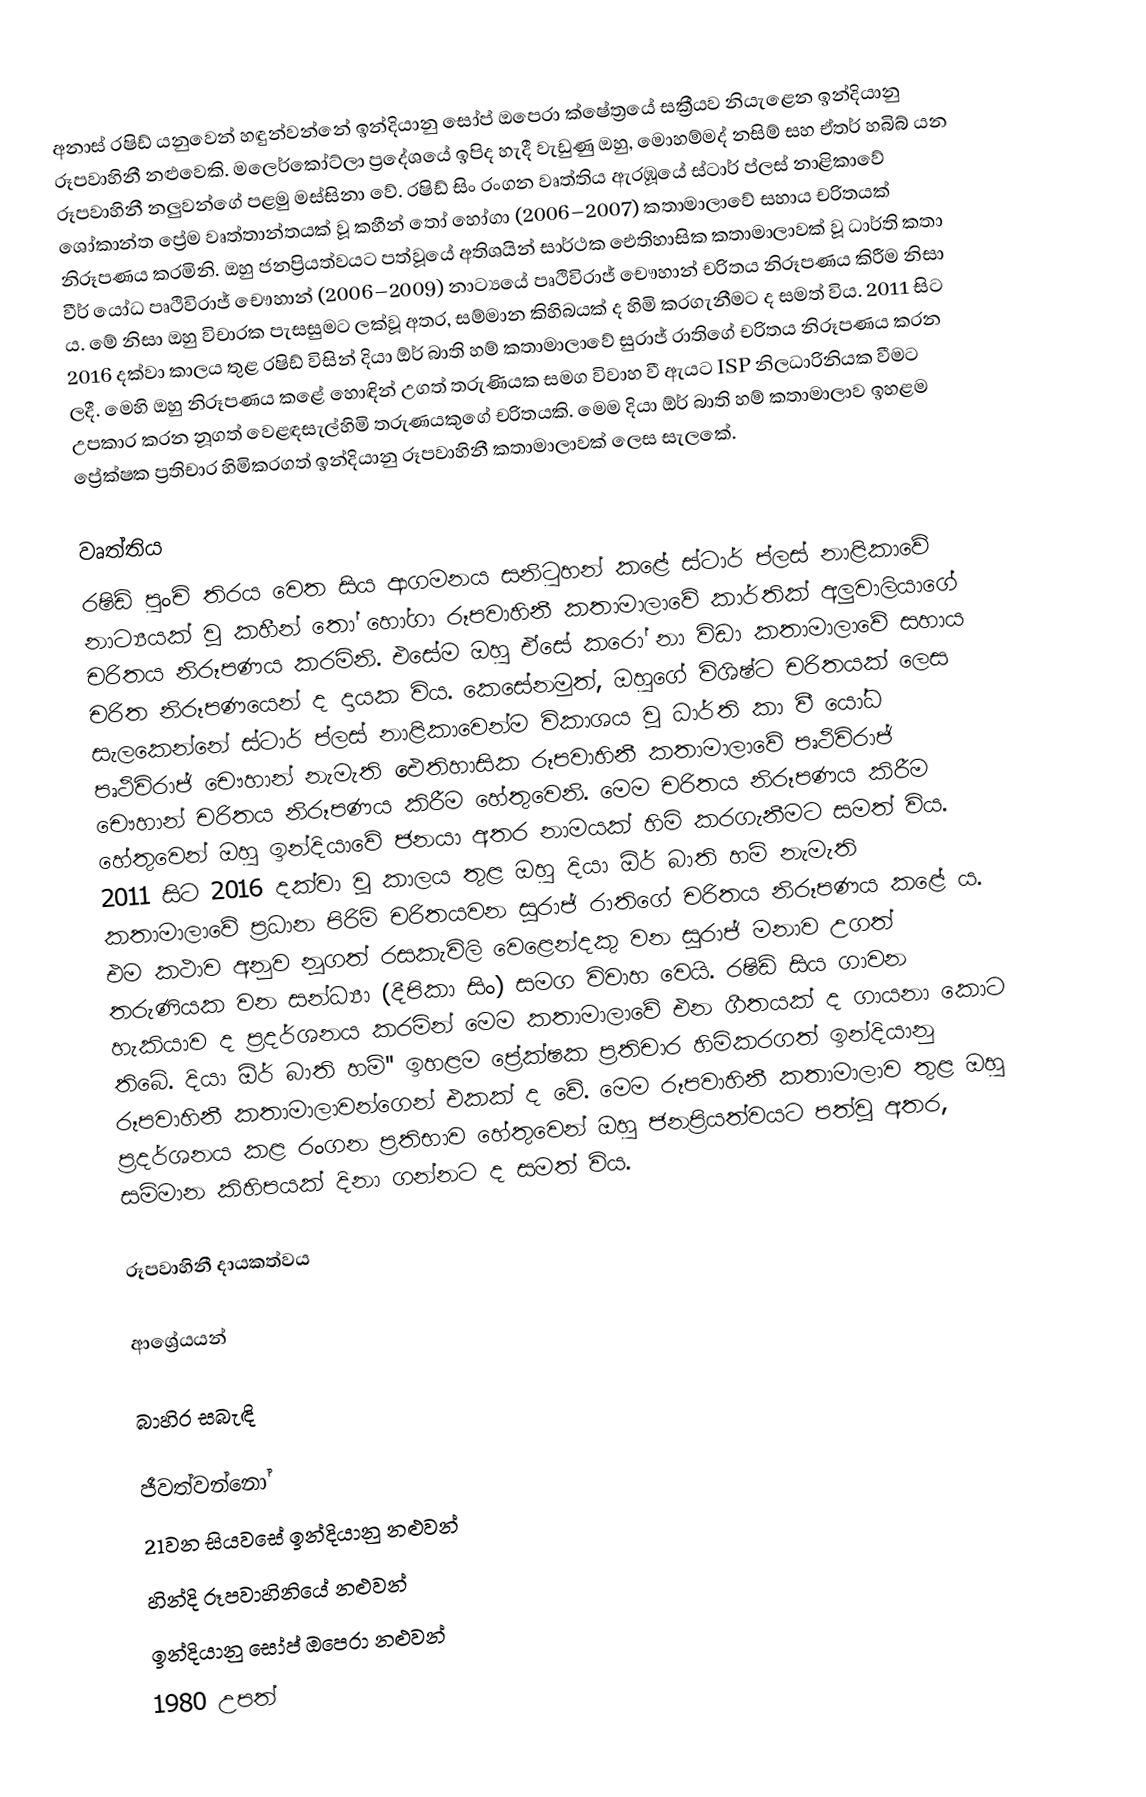
අනාස් රෂිඩ් යනුවෙන් හඳුන්වන්නේ ඉන්දියානු සෝප් ඔපෙරා ක්ෂේත්‍රයේ සක්‍රීයව නියැළෙන ඉන්දියානු රූපවාහිනී නළුවෙකි. මලෙර්කෝට්ලා ප්‍රදේශයේ ඉපිද හැදී වැඩුණු ඔහු, මොහම්මද් නසිම් සහ ඒතර් හබිබ් යන රූපවාහිනී නලුවන්ගේ පළමු මස්සිනා වේ. රෂිඩ් සිං රංගන වෘත්තිය ඇරඹූයේ ස්ටාර් ප්ලස් නාළිකාවේ ශෝකාන්ත ‍ප්‍රේම වෘත්තාන්තයක් වූ කහීන් තෝ හෝගා (2006–2007) කතාමාලාවේ සහාය චරිතයක් නිරූපණය කරමිනි. ඔහු ජනප්‍රියත්වයට පත්වූයේ අතිශයින් සාර්ථක ඓතිහාසික කතාමාලාවක් වූ ධාර්ති කතා වීර් යෝධ පෘථිවිරාජ් චෞහාන් (2006–2009) නාට්‍යයේ පෘථිවිරාජ් චෞහාන් චරිතය නිරූපණය ‍කිරීම නිසා ය. මේ නිසා ඔහු විචාරක පැසසුමට ලක්වූ අතර, සම්මාන කිහිබයක් ද හිමි කරගැනීමට ද සමත් විය. 2011 සි‍‍ට 2016 දක්වා කාලය තුළ රෂිඩ් විසින් දියා ඕර් බාති හම් කතාමාලාවේ සුරාජ් රාතිගේ චරිතය නිරූපණය කරන ලදී. මෙහි ඔහු නිරූපණය කළේ හොඳින් උගත් තරුණියක සමග විවාහ වී ඇයට ISP නිලධාරිනියක වීමට උපකාර කරන නූගත් වෙළඳසැල්හිමි තරුණයකුගේ චරිතයකි. මෙම දියා ඕර් බාති හම් කතාමාලාව ඉහළම ප්‍රේක්ෂක ප්‍රතිචාර හිමිකරගත් ඉන්දියානු රූපවාහිනී කතාමාලාවක් ලෙස සැලකේ.

වෘත්තිය
රෂිඩ් පුංචි තිරය වෙත සිය ආගමනය සනිටුහන් කළේ ස්ටාර් ප්ලස් නාළිකාවේ නාට්‍යයක් වූ කහීන් තෝ හෝගා රූපවාහිනී කතාමාලාවේ කාර්තික් අලුවාලියාගේ චරිතය නිරූපණය කරමිනි. එසේම ඔහු ඒසේ කරෝ නා විඩා කතාමාලාවේ සහාය චරිත නිරූපණයෙන් ද දායක විය. කෙසේනමුත්, ඔහුගේ විශිෂ්ට චරිතයක් ලෙස සැලකෙන්නේ ස්ටාර් ප්ලස් නාළිකාවෙන්ම විකාශය වූ ධාර්ති කා වී යෝධ පෘථිවිරාජ් චෞහාන් නැමැති ඓතිහාසික රූපවාහිනී කතාමාලාවේ පෘථිවිරාජ් චෞහාන් චරිතය නිරූපණය කිරීම හේතුවෙනි. මෙම චරිතය නිරූපණය කිරීම හේතුවෙන් ඔහු ඉන්දියාවේ ජනයා අතර නාමයක් හිමි කරගැනීමට සමත් විය. 2011 සිට 2016 දක්වා වූ කාලය තුළ ඔහු දියා ඕර් බාති හම් නැමැති කතාමාලාවේ ප්‍රධාන පිරිමි චරිතයවන සූරාජ් රාතිගේ චරිතය නිරූපණය කළේ ය. ‍එම කථාව අනුව නූගත් රසකැවිලි වෙළෙන්දකු වන සූරාජ් මනාව උගත් තරුණියක වන සන්ධ්‍යා (දීපිකා සිං) සමග විවාහ වෙයි. රෂිඩ් සිය ගාවන හැකියාව ද ප්‍රදර්ශනය කරමින් මෙම කතාමාලාවේ එන ගීතයක් ද ගායනා කොට තිබේ. දියා ඕර් බාති හම්'' ඉහළම ප්‍රේක්ෂක ප්‍රතිචාර හිමිකරගත් ඉන්දියානු රූපවාහිනී කතාමාලාවන්ගෙන් එකක් ද වේ. මෙම රූපවාහිනී කතාමාලාව තුළ ඔහු ප්‍රදර්ශනය කළ රංගන ප්‍රතිභාව හේතුවෙන් ඔහු ජනප්‍රියත්වයට පත්වූ අතර, සම්මාන කිහිපයක් දිනා ගන්නට ද සමත් විය.

රූපවාහිනී දායකත්වය

ආශ්‍රේයයන්

බාහිර සබැඳි

ජීවත්වන්නෝ
21වන සියවසේ ඉන්දියානු නළුවන්
හින්දි රූපවාහිනියේ නළුවන්
ඉන්දියානු සෝප් ඔපෙරා නළුවන්
1980 උපත්